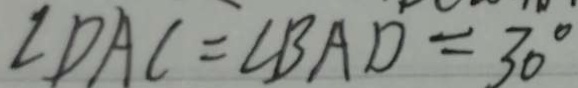
\angle D A C = \angle B A D = 3 0 ^ { \circ }